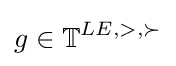
g\in \mathbb {T} ^{LE,>,\succ }